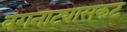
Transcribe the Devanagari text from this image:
वगनाट्यासकट